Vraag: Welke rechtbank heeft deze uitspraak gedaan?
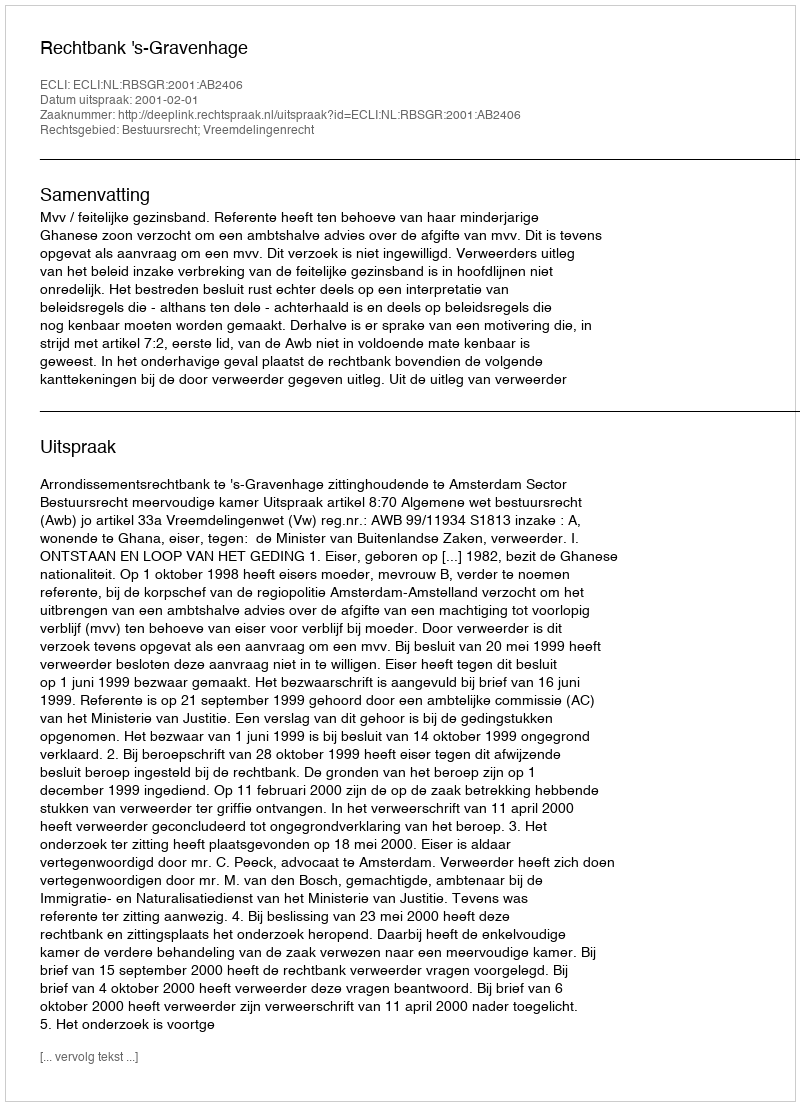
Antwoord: Rechtbank 's-Gravenhage